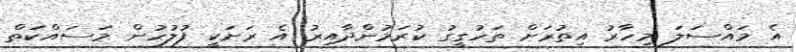
އެ މައްސަލަ މިހާރު އިތުރަށް ތަހުގީގު ކުރަމުންދާއިރު އެ ރަށަކީ ފުލުހުން މަސައްކަތް